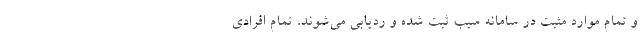
و تمام موارد مثبت در سامانه سیب ثبت شده و ردیابی می‌شوند، تمام افرادی